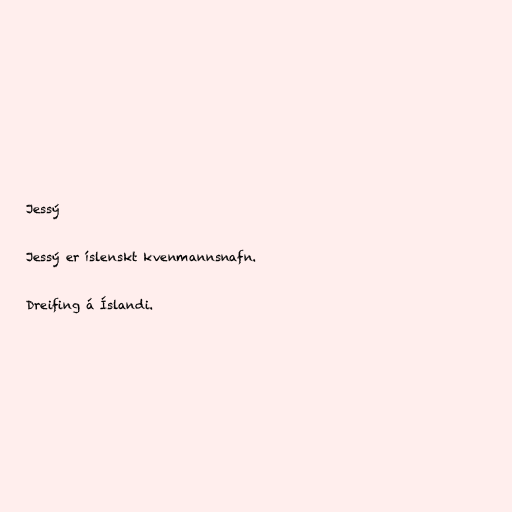
Jessý

Jessý er íslenskt kvenmannsnafn.

Dreifing á Íslandi.